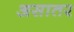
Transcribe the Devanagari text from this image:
असातर